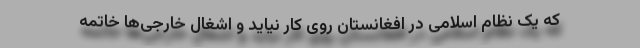
که یک نظام اسلامی در افغانستان روی کار نیاید و اشغال خارجی‌ها خاتمه